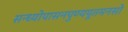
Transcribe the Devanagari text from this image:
सन्ध्योपासनपुण्यपूतमनसो